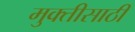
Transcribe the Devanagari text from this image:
मुक्तीसाठीं